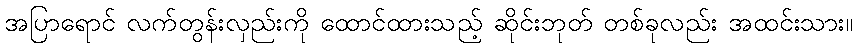
အပြာရောင် လက်တွန်းလှည်းကို ထောင်ထားသည့် ဆိုင်းဘုတ် တစ်ခုလည်း အထင်းသား။